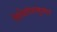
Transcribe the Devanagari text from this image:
मिथिलेशकुमार